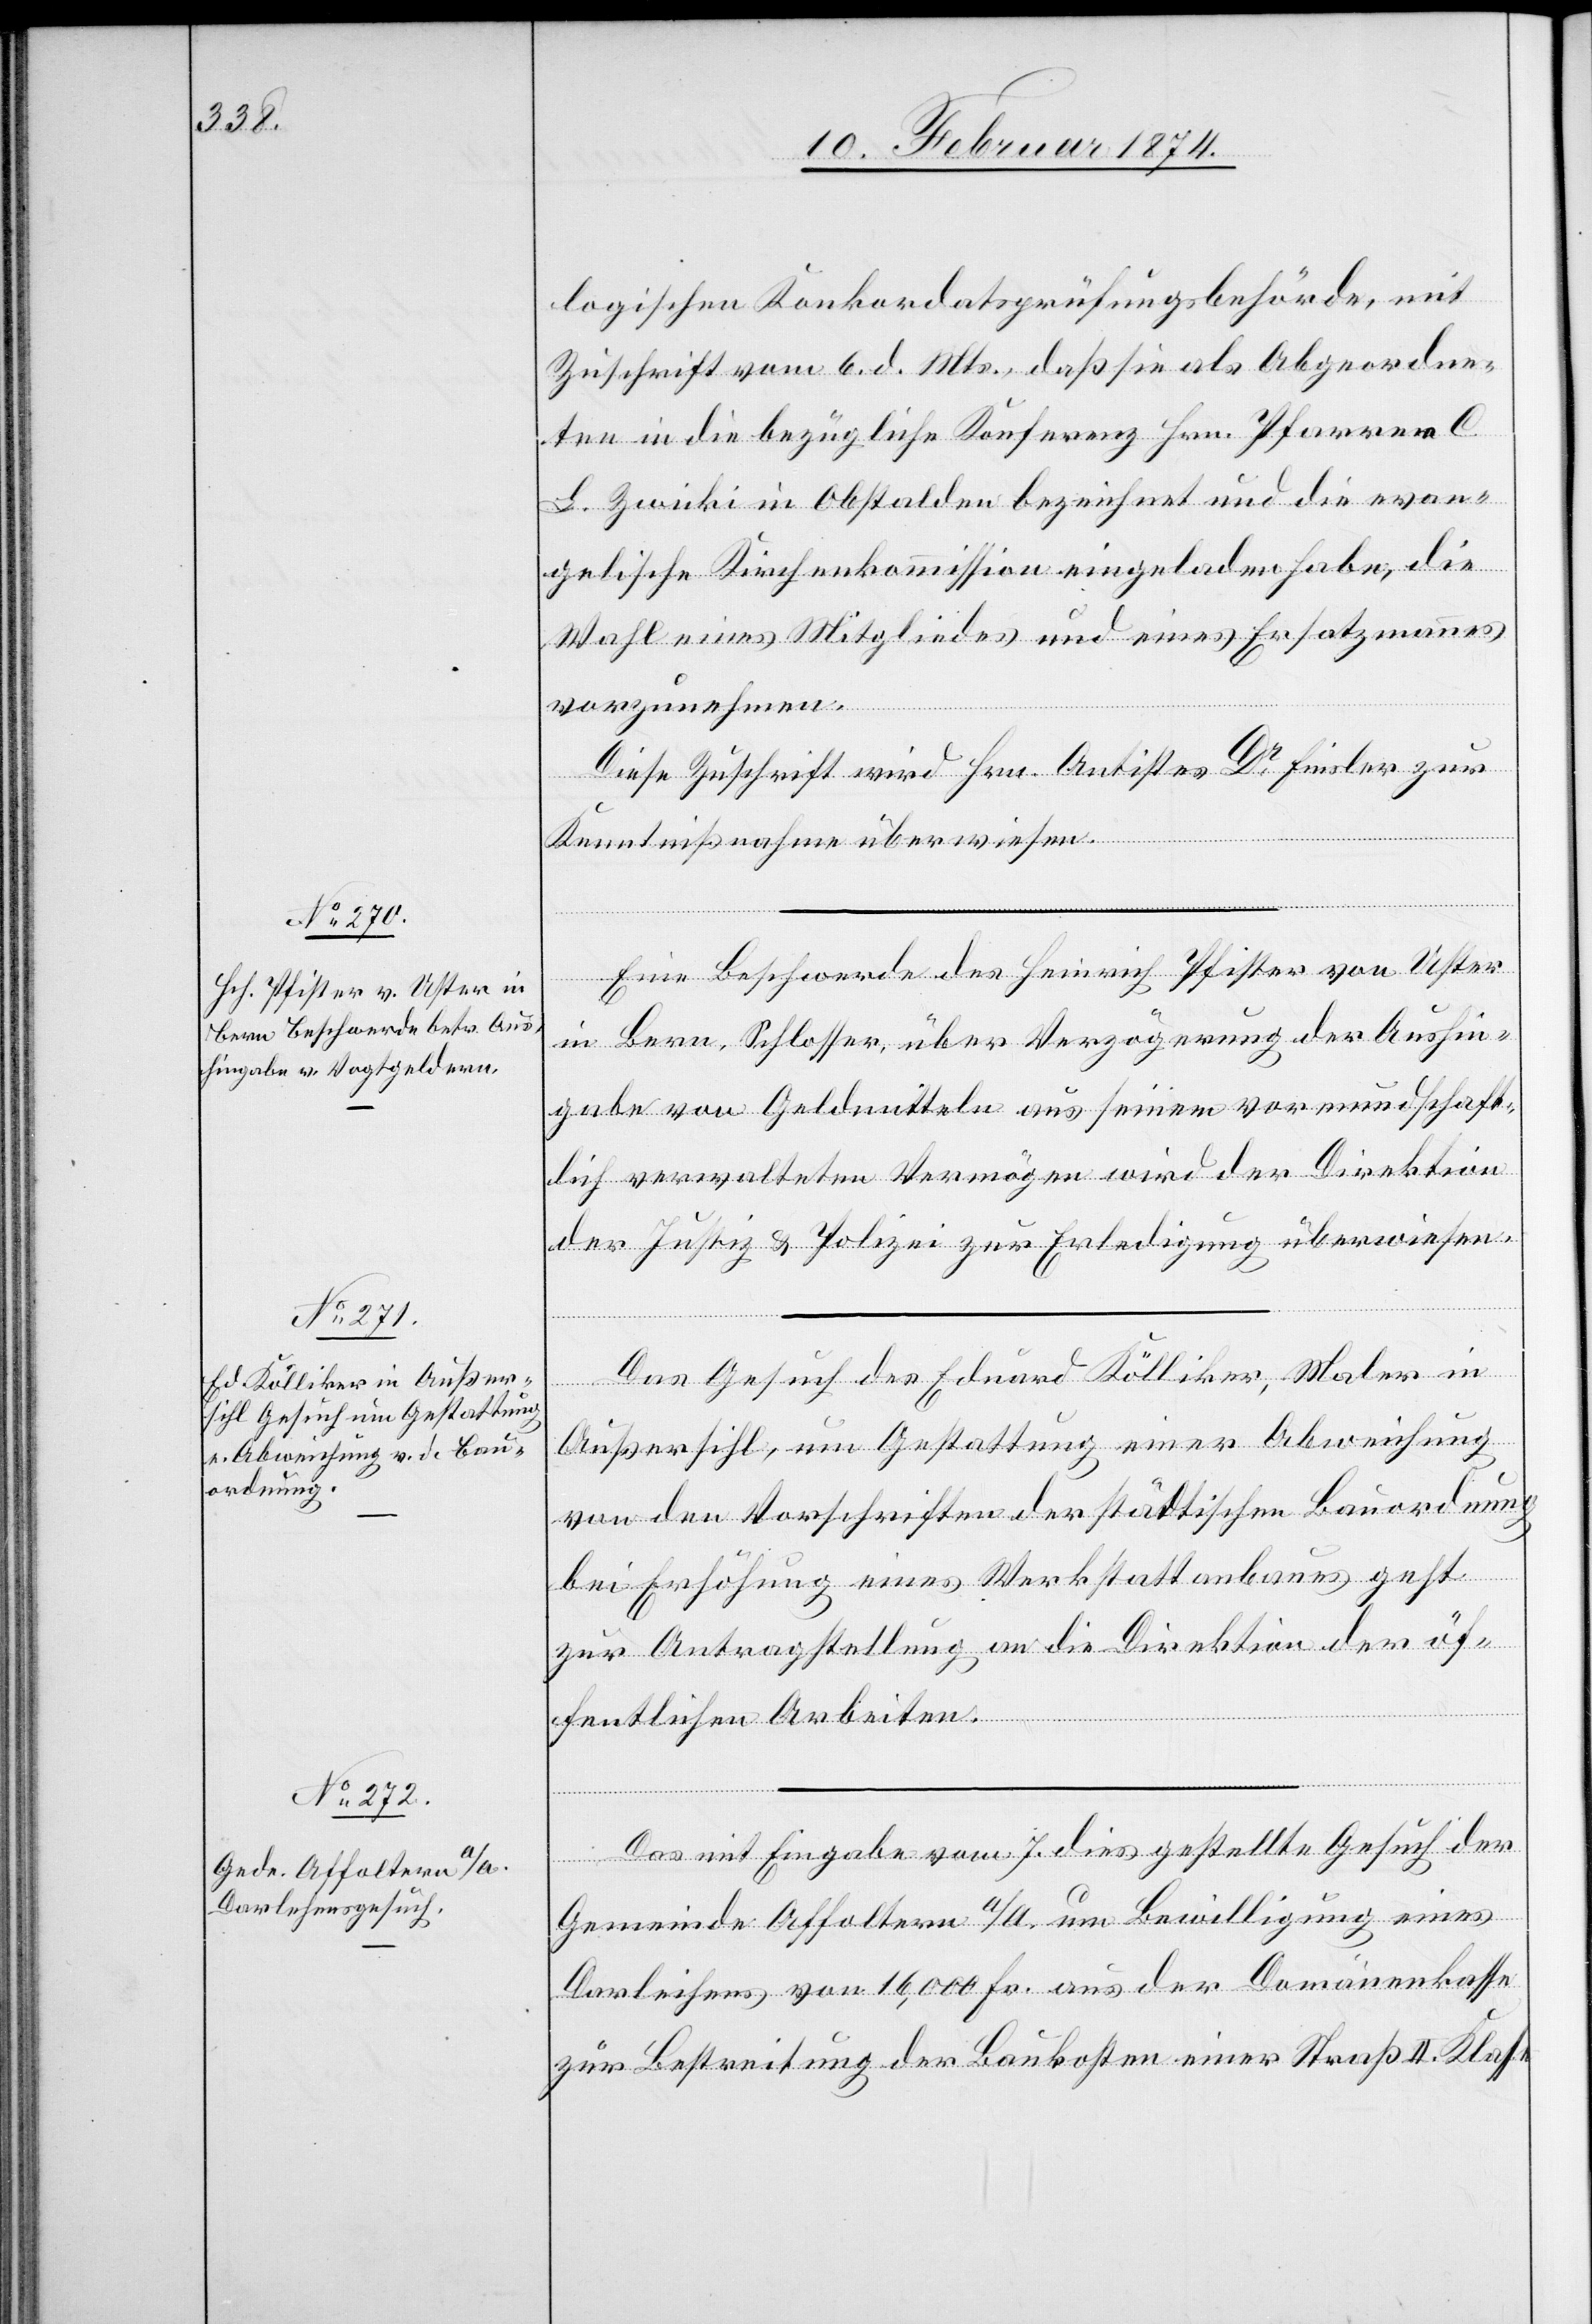
10. Februar 1874.]
logischen Konkordatsprüfungsbehörde, mit
Zuschrift vom 6. d. Mts., daß sie als Abgeordne¬
ten in die bezügliche Konferenz Hrn. Pfarrer C.
L. Zwicki in Obstalden bezeichnet und die evan¬
gelische Kirchenkommission eingeladen habe, die
Wahl eines Mitgliedes und eines Ersatzmannes
vorzunehmen.
Diese Zuschrift wird Hrn. Antistes Dr Finsler zur
Kenntnißnahme überwiesen.
Eine Beschwerde des Heinrich Pfister von Uster
in Bern, Schlosser, über Verzögerung der Aushin¬
gabe von Geldmitteln aus seinem vormundschaft¬
lich verwalteten Vermögen wird der Direktion
der Justiz u. Polizei zur Erledigung überwiesen.
Das Gesuch des Eduard Kölliker, Maler in
Außersihl, um Gestattung einer Abweichung
von den Vorschriften der städtischen Bauordnung
bei Erhöhung eines Werkstattanbaues geht
zur Antragstellung an die Direktion der öf¬
fentlichen Arbeiten.
Das mit Eingabe vom 7. dies gestellte Gesuch der
Gemeinde Affoltern a/A. um Bewilligung eines
Darleihens von 16,000 Fr. aus der Domänenkasse
zur Bestreitung der Baukosten einer Straß[e] II. Klasse